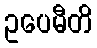
ဥပေမီတိ